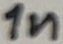
Text: 1n